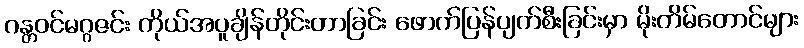
ဂန္တဝင်မဂ္ဂဇင်း ကိုယ်အပူချိန်တိုင်းတာခြင်း ဖောက်ပြန်ပျက်စီးခြင်းမှာ မိုးတိမ်တောင်များ